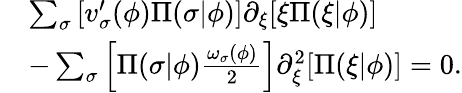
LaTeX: \begin{array}{rl}&{\sum_{\sigma}\left[v_{\sigma}^{\prime}(\phi)\Pi(\sigma\vert\phi)\right]\partial_{\xi}[\xi\Pi(\xi\vert\phi)]}\\ &{-\sum_{\sigma}\left[\Pi(\sigma\vert\phi)\frac{\omega_{\sigma}(\phi)}{2}\right]\partial_{\xi}^{2}[\Pi(\xi\vert\phi)]=0.}\end{array}